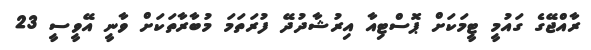
ރާއްޖޭގެ ގައުމީ ޓީމަކަށް ޕޮސްޓިއާ އިރުޝާދުދޭ ފުރަތަމަ މުބާރާތަކަށް ވާނީ އޭވީސީ 23